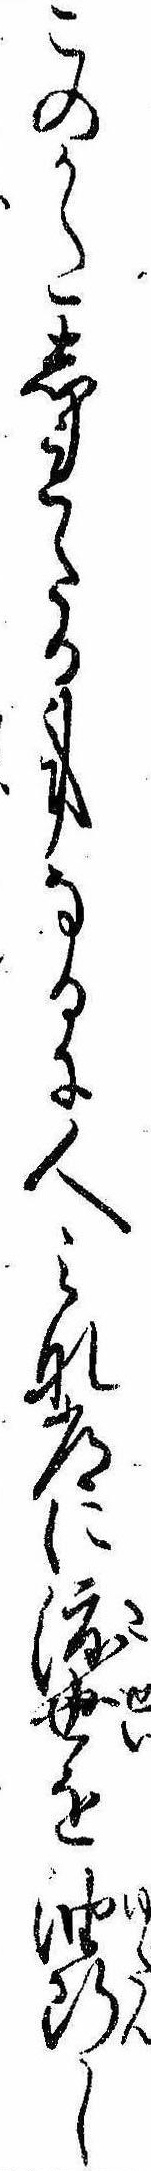
このかたしれたる事なるに人みな常に渡世を油断し